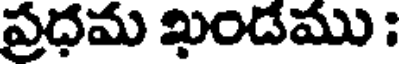
ప్రధమ ఖండము :